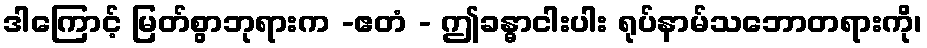
ဒါကြောင့် မြတ်စွာဘုရားက -ဧတံ - ဤခန္ဓာငါးပါး ရုပ်နာမ်သဘောတရားကို၊